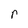
Character: r